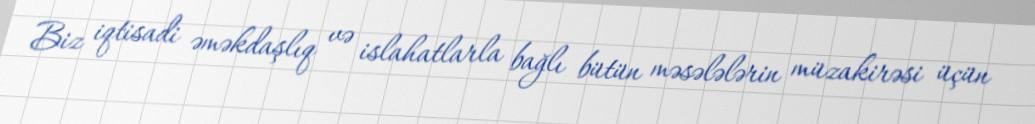
Biz iqtisadi əməkdaşlıq və islahatlarla bağlı bütün məsələlərin müzakirəsi üçün